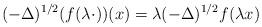
LaTeX: \begin{align*}(-\Delta)^{1/2} (f(\lambda \cdot)) (x) = \lambda (-\Delta)^{1/2} f(\lambda x)\end{align*}